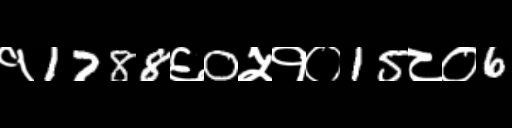
Text: १1788६0५१०15८०6